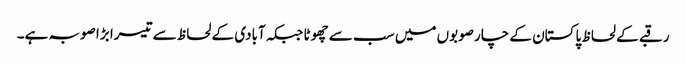
رقبے کے لحاظ پاکستان کے چار صوبوں میں سب سے چھوٹا جبکہ آبادی کے لحاظ سے تیسرا بڑا صوبہ ہے۔